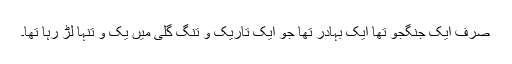
صرف ایک جنگجو تھا ایک بہادر تھا جو ایک تاریک و تنگ گلی میں یک و تنہا لڑ رہا تھا۔